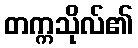
တက္ကသိုလ်၏